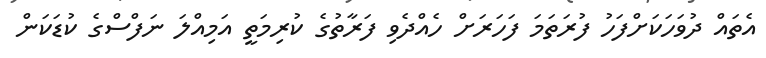
އެތައް ދުވަހަކަށްފަހު ފުރަތަމަ ފަހަރަށް ހެއްދެވި ފަރާތުގެ ކުރިމަތީ އަމިއްލަ ނަފްސްގެ ކުޑަކަން